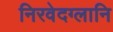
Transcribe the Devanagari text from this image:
निरवेदग्लानि